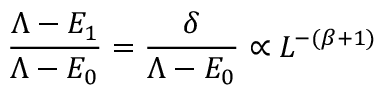
\frac { \Lambda - E _ { 1 } } { \Lambda - E _ { 0 } } = \frac { \delta } { \Lambda - E _ { 0 } } \propto L ^ { - ( \beta + 1 ) }